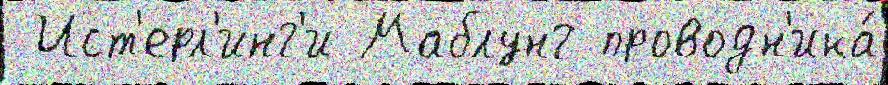
 Ист'ерл'инг'и Маблунг проводн'ика́